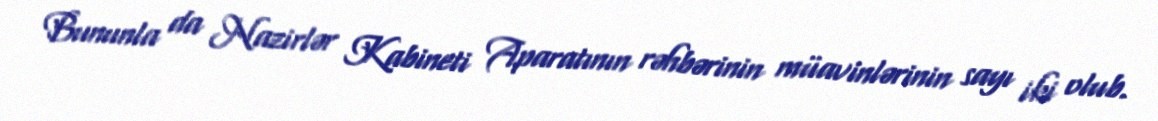
Bununla da Nazirlər Kabineti Aparatının rəhbərinin müavinlərinin sayı iki olub.